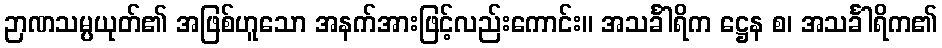
ဉာဏသမ္ပယုတ်၏ အဖြစ်ဟူသော အနက်အားဖြင့်လည်းကောင်း။ အသင်္ခါရိက ဋ္ဌေန စ၊ အသင်္ခါရိက၏